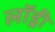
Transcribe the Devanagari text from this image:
लाॅड्री